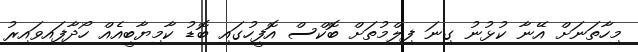
މިހާތަނަށް އޭނާ ކުޅުނު ގިނަ ފިލްމުތަށް ބޮކްސް އޮފީހުގައި ބޮޑު ކާމިޔާބީއެއް ހޯދާފައިވައިރު